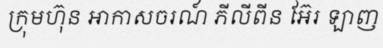
ក្រុមហ៊ុន អាកាសចរណ៍ ភីលីពីន អ៊ែរ ឡាញ